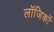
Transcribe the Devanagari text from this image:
लॉजिकों